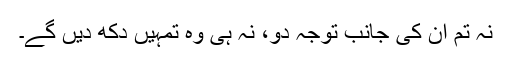
نہ تم ان کی جانب توجہ دو، نہ ہی وہ تمہیں دکھ دیں گے۔